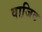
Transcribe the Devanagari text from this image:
वाजि़द